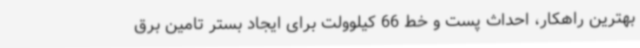
بهترین راهکار، احداث پست و خط 66 کیلوولت برای ایجاد بستر تامین برق